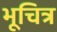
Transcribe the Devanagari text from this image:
भूचित्र